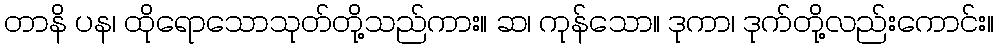
တာနိ ပန၊ ထိုရောသောသုတ်တို့သည်ကား။ ဆ၊ ကုန်သော။ ဒုကာ၊ ဒုက်တို့လည်းကောင်း။